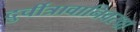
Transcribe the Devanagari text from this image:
दुर्चीत्रावानिवरचा